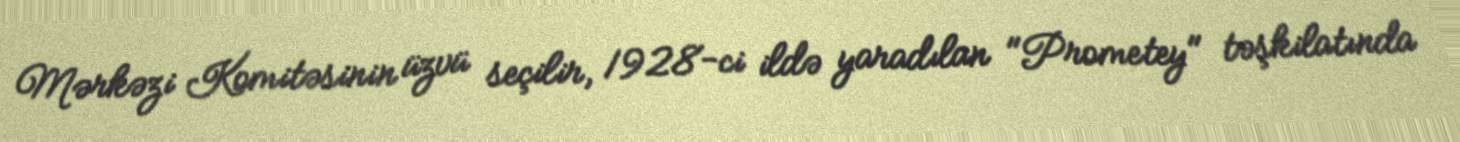
Mərkəzi Komitəsinin üzvü seçilir, 1928-ci ildə yaradılan "Prometey" təşkilatında